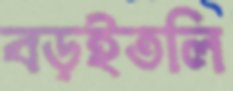
বড়ইতলি